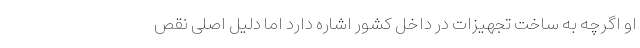
او اگرچه به ساخت تجهیزات در داخل کشور اشاره دارد اما دلیل اصلی نقص